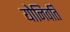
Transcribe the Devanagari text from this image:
योनिवर्ति